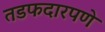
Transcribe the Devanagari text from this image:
तडफदारपणे